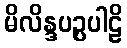
မိလိန္ဒပဉ္ပပါဠိ